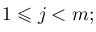
1 \leqslant j < m ;